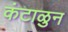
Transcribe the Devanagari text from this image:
कंटाळुन